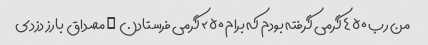
من رب ۴۵۰ گرمی گرفته بودم که برام ۲۵۰ گرمی فرستادن … مصداق بارز دزدی